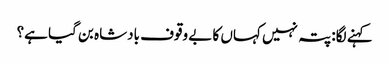
کہنے لگا: پتہ نہیں کہاں کا بے وقوف بادشاہ بن گیا ہے؟